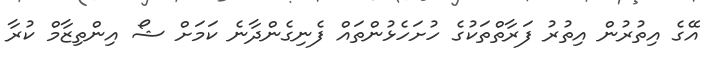
އޭގެ އިތުރުން އިތުރު ފަރާތްތަކުގެ ހުށަހެޅުންތައް ފެނިގެންދާނެ ކަމަށް ޝޯ އިންތިޒާމް ކުރާ